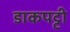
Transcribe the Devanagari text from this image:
डाकपट्टी